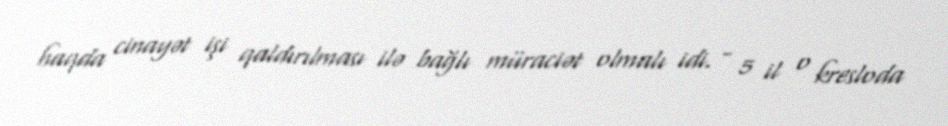
haqda cinayət işi qaldırılması ilə bağlı müraciət olmalı idi. - 5 il o kresloda